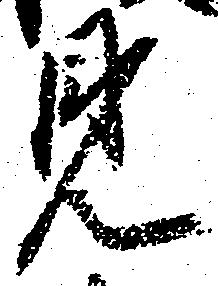
見